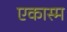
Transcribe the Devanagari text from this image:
एकास्म